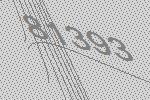
81393